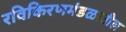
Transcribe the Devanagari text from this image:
रविकिरणमंडळातील